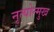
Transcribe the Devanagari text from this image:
नृत्योन्मुख